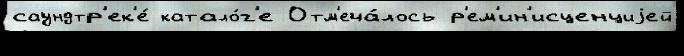
саундтр'ек'е́ катало́г'е Отм'еча́лось р'ем'ин'исценциjей